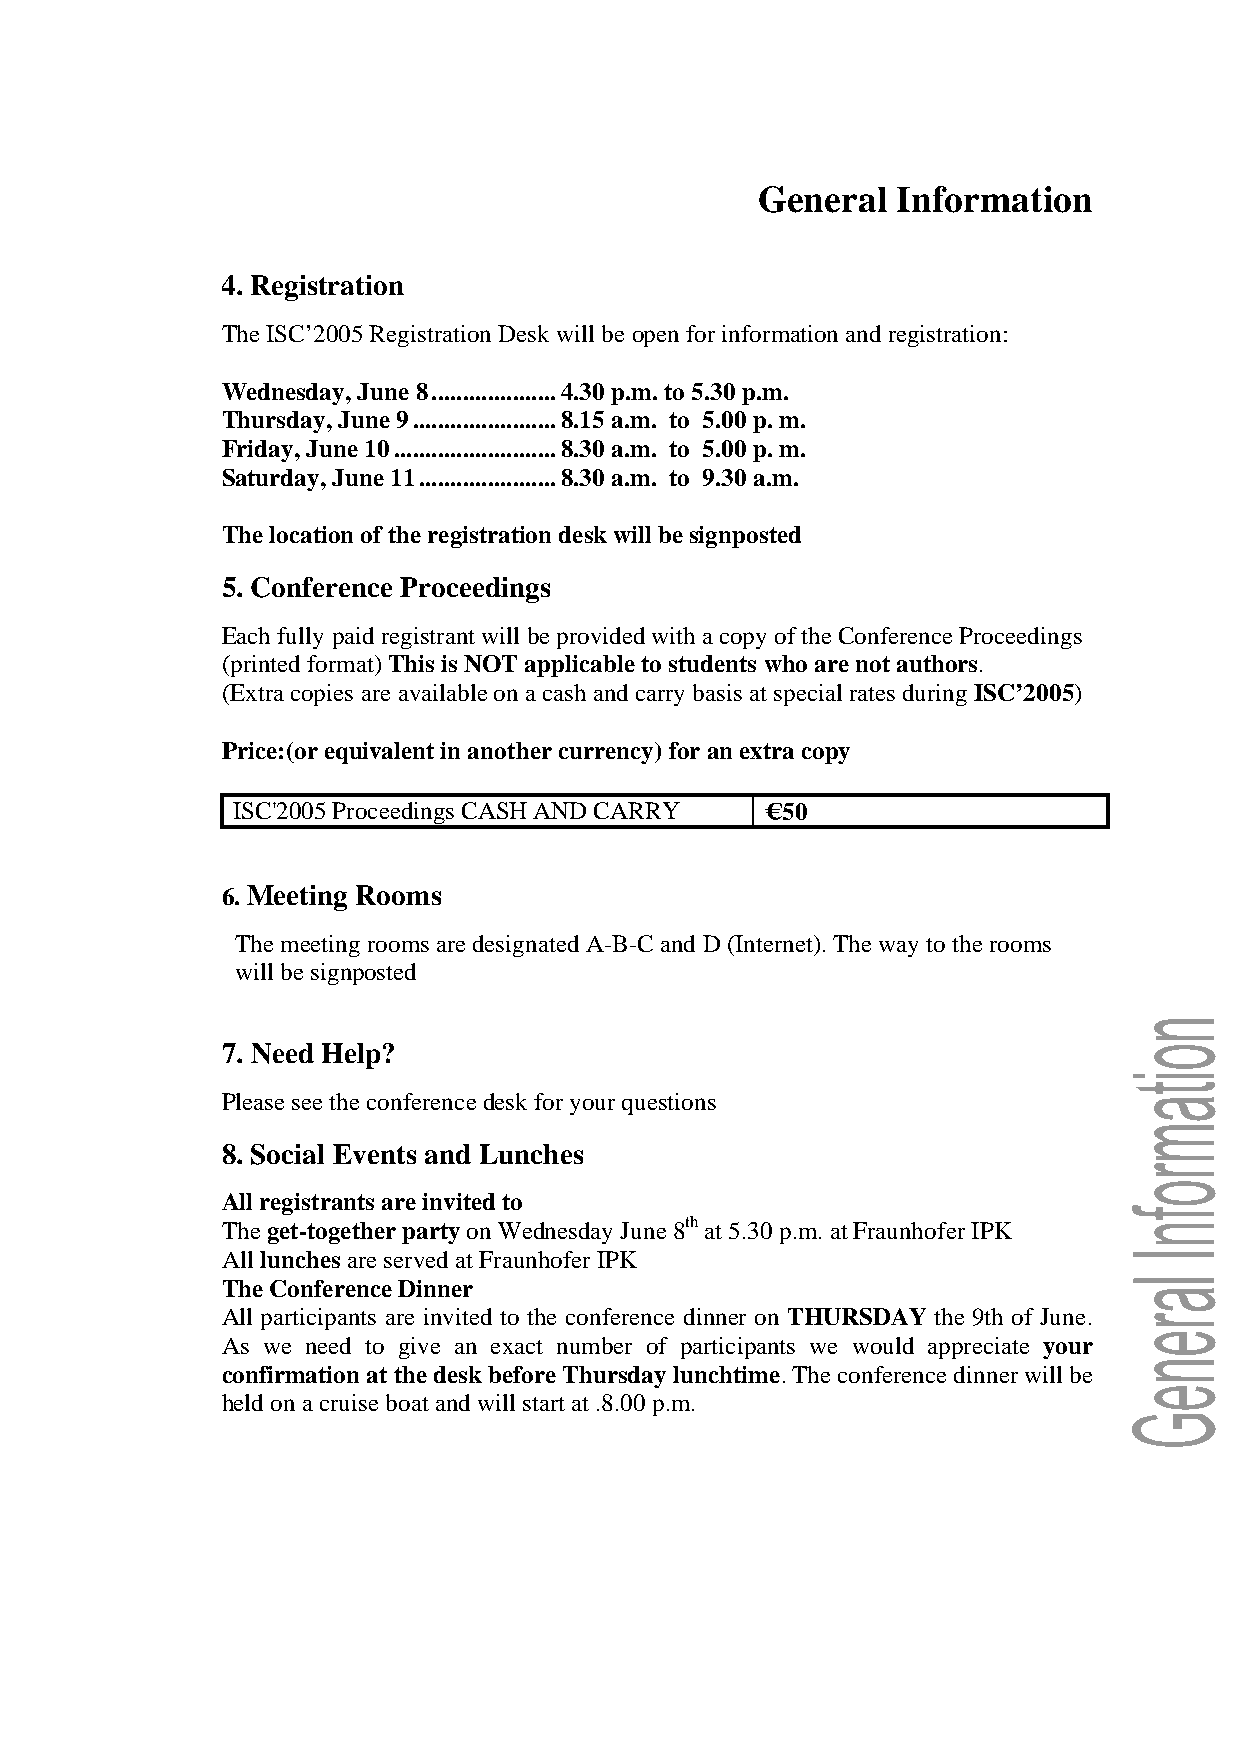
General  Information
 4. Registration
 The ISC’2005 Registration Desk will be open for information and registration:
 Wednesday, June 8....................4.30 p.m. to 5.30 p.m.
 Thursday, June 9.......................8.15 a.m. to 5.00 p. m.
 Friday, June 10..........................8.30 a.m. to 5.00 p. m.
 Saturday, June 11......................8.30 a.m. to 9.30 a.m.
 The location of the registration desk will be signposted
 5. Conference Proceedings
 Each fully paid registrant will be provided with a copy of the Conference Proceedings
 (printed format) This is NOT applicable to students who are not authors.
 (Extra copies are available on a cash and carry basis at special rates during ISC’2005)
 Price:(or equivalent in another currency) for an extra copy
 ISC'2005 Proceedings CASH AND CARRY € 50
 6. Meeting Rooms
 The meeting rooms are designated A-B-C and D (Internet). The way to the rooms
 will be signposted
 7. Need Help?
 Please see the conference desk for your questions
 8. Social Events and Lunches
 All registrants are invited to
 The get-together party on Wednesday June 8th at 5.30 p.m. at Fraunhofer IPK
 All lunches are served at Fraunhofer IPK
 The Conference Dinner
 All participants are invited to the conference dinner on THURSDAY the 9th of June.
 As we need to give an exact number of participants we would appreciate your
 confirmation at the desk before Thursday lunchtime. The conference dinner will be
 held on a cruise boat and will start at .8.00 p.m.